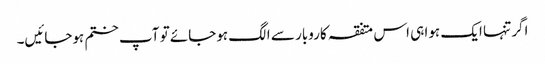
اگر تنہا ایک ہوا ہی اس متفقہ کاروبار سے الگ ہوجائے تو آپ ختم ہوجائیں۔